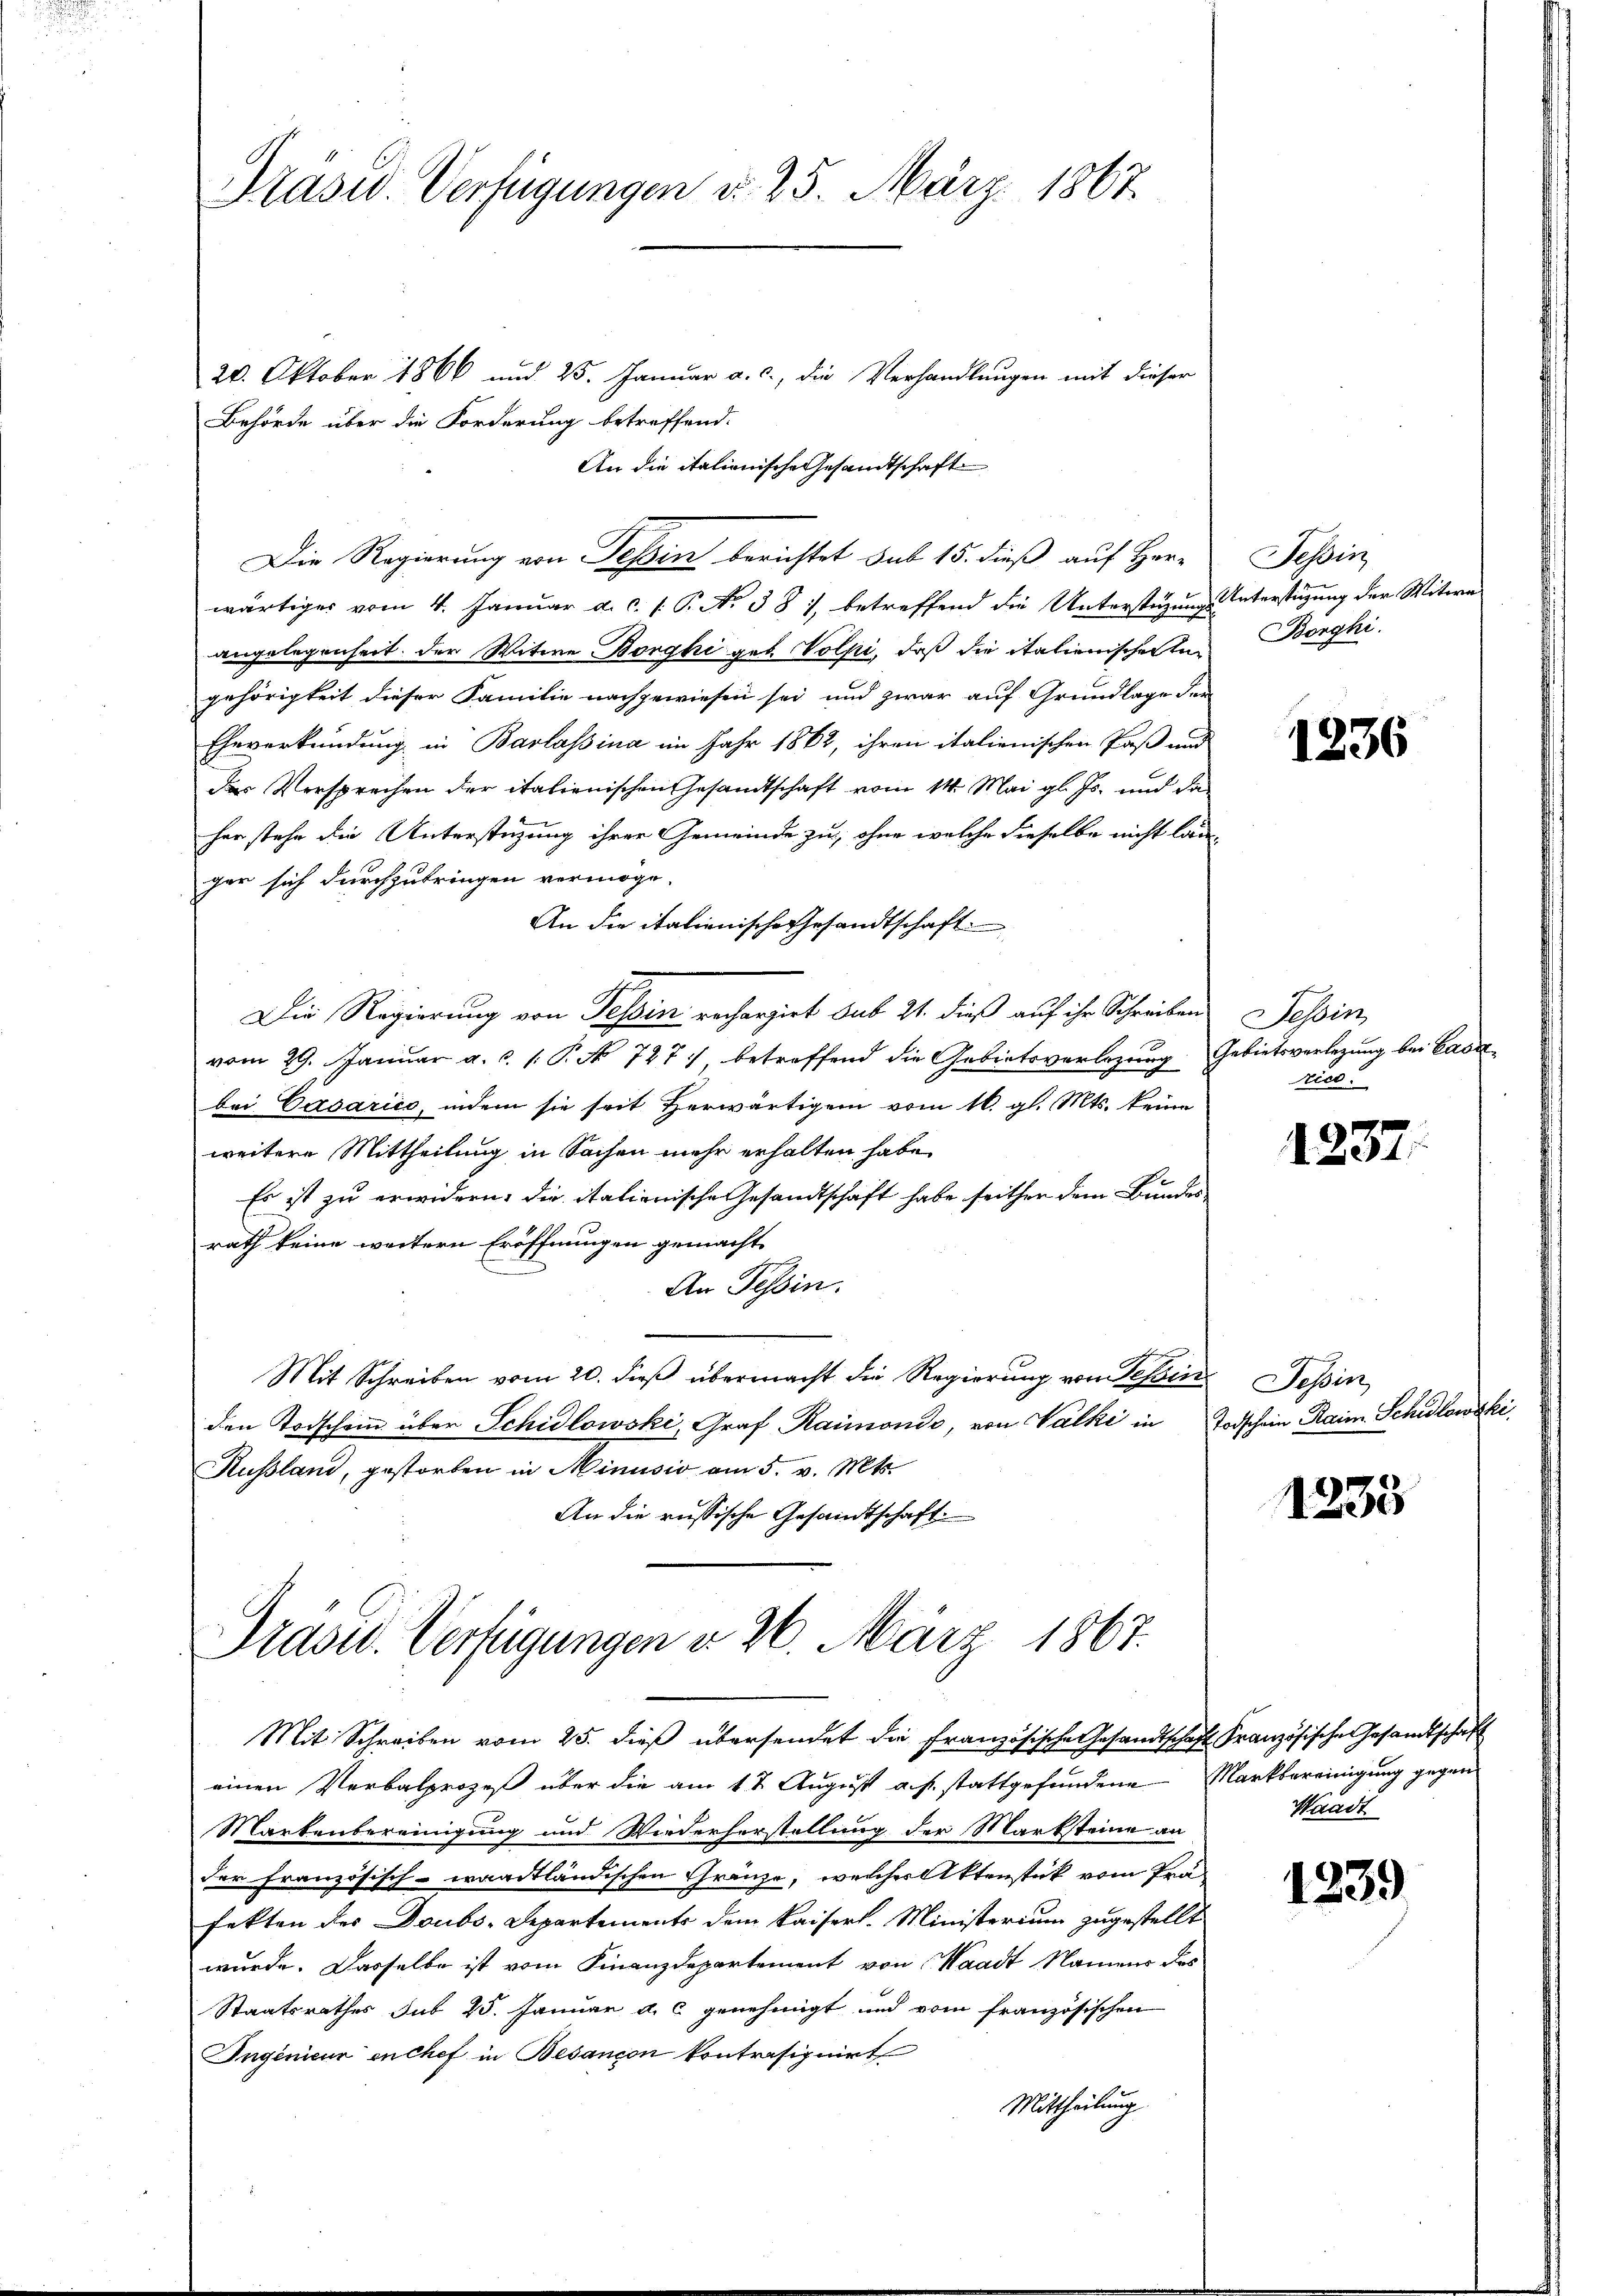
Präsid. Verfügungen d. 25. März 1867

20. Oktober 1866 und 25. Januar a. c., die Verhandlungen mit dieser
Behörde über die Forderung betreffend.
wärtiger vom 4. Januar a. c. 1. P. No 381, betreffend die Unterstüzung Unterstüzung der Witwe
angelegenheit der Witwe Borghi geb. Volpi, daß die italienischer Ingehörigkeit dieser Familie nachgewiesen sei und zwar auf Grundlage der
Eheverkündung in Barlassina im Jahr 1862, ihren italienischen Paß und
des Versprechen der italienischen Gesandtschaft vom 14. Mai gl. Js. und da
her stehe die Unterstüzung ihrer Gemeinde zu, ohne welche dieselbe nicht langer sich durchzubringen vermöge.
An die italienische Gesandtschaft
Die Regierung von Tessin rechargirt sub 21. dieß auf ihr Schreiben
vom 29. Januar a. c. 1. P. N. 727 betreffend die Gebietsverlegung. Gebietsverlegung bei Cava
bei Casarico, indem sie seit herwärtigem vom 16. gl. Mts. keine
weitere Mittheilung in Sachen mehr erhalten habe.
Es ist zu erwidern, die italienische Gesandtschaft habe seither dem Bundes
rath keine weitern Eröffnungen gemacht,
An Tessin.
Mit Schreiben vom 20. dieß übermacht die Regierung von Tessine Pepin
den Todschein über Schidlowski, Graf Raimonio, von Walki in Todschein Raim. Schulowski
Russland, gestorben in Minusio am 5. v. Mts.
An die russische Gesandtschaft.

Die Regierung von Tessin berichtet sub 15. dieß auf Her-

An die itationische Gesandtschaft

Präsid. Verfügungen d. 26. März 1867.

Mit Schreiben vom 25. dieß übersendet die Französische Gesandtschaft Französische Gesandtschaft
einen Verbalprozeß über die am 1t August a. p. stattgefundene Markbereinigung gegen
Martenbereinigung und Wiederherstellung der Marksteine an
der französisch-waadtländischen Gränze, welcher Aktenstück vom Präfekten des Doubs-Departements dem Kaisers. Ministerium zugestellt
wurde. Dasselbe ist vom Finanzdepartement von Waadt Namens des
Staatsrathes sub 25. Januar a. c. genehmigt und vom französischen
Ingenieur en chef in Besançon kontrasignirt
Mittheilung.

Tessin
Borghi

1236

Tessin
rico.

1237

1235

Waadt

1239